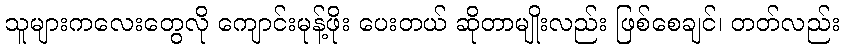
သူများကလေးတွေလို ကျောင်းမုန့်ဖိုး ပေးတယ် ဆိုတာမျိုးလည်း ဖြစ်စေချင်၊ တတ်လည်း